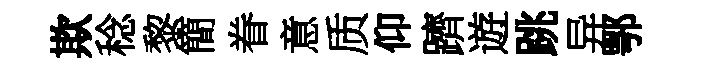
欺稔黎簡眷意质仰躋遊跳异鄂